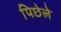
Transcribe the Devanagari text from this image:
पिछेले